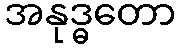
အနုဒ္ဓတော